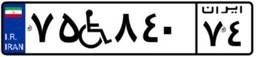
۰۱W۲۰۳۶۸